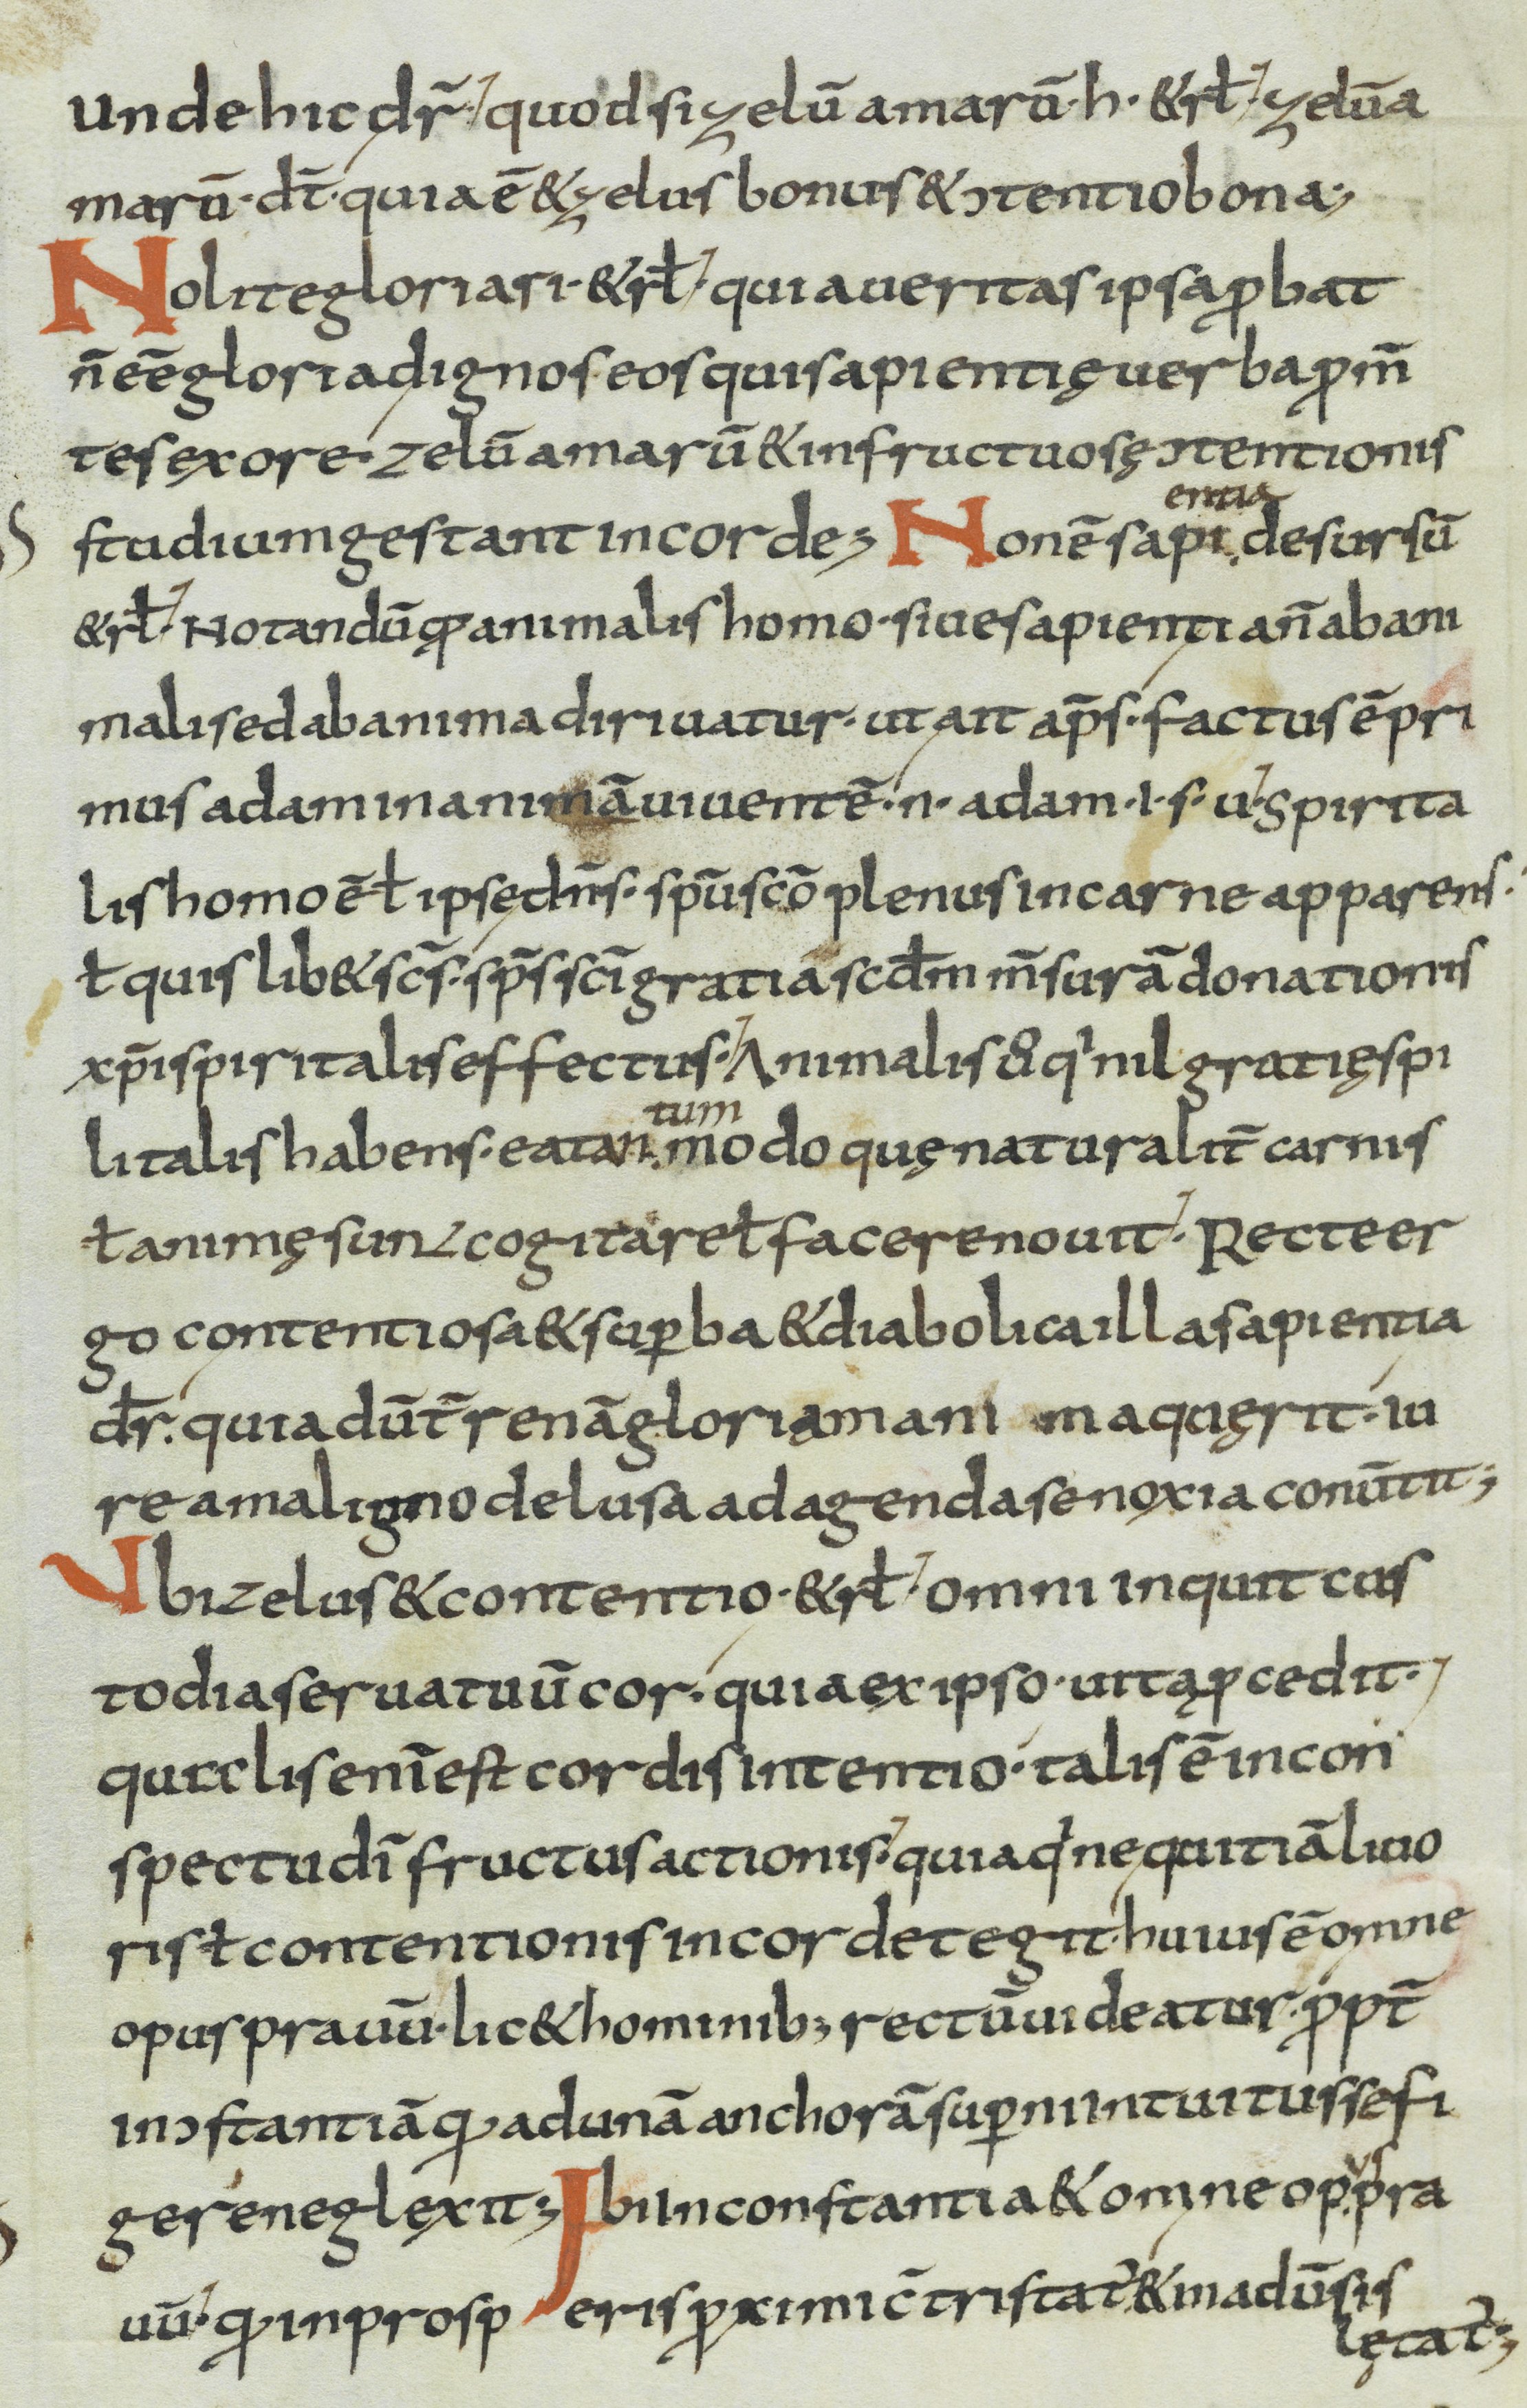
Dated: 800–899